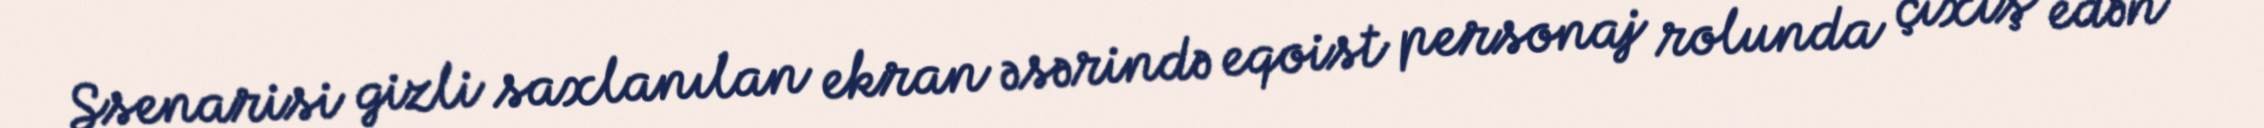
Ssenarisi gizli saxlanılan ekran əsərində eqoist personaj rolunda çıxış edən